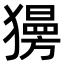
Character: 𤢞